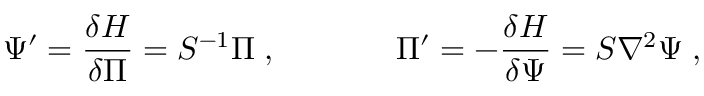
\Psi ^ { \prime } = \frac { \delta H } { \delta \Pi } = S ^ { - 1 } \Pi \; , ~ ~ ~ ~ ~ ~ ~ ~ ~ ~ ~ \Pi ^ { \prime } = - \frac { \delta H } { \delta \Psi } = S \nabla ^ { 2 } \Psi \; ,